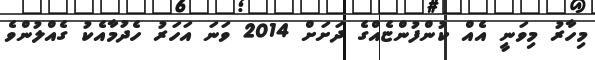
މިހާރު މިވަނީ އެއް ކުންފުންޏެއްގެ ދަށަށް 2014 ވަނަ އަހަރު ހެދުމާއެކު ގެއްލުންވެ